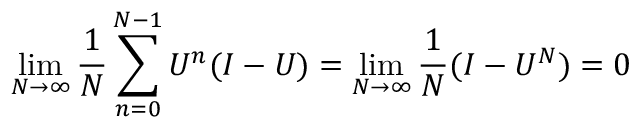
\operatorname* { l i m } _ { N \to \infty } { \frac { 1 } { N } } \sum _ { n = 0 } ^ { N - 1 } U ^ { n } ( I - U ) = \operatorname* { l i m } _ { N \to \infty } { \frac { 1 } { N } } ( I - U ^ { N } ) = 0